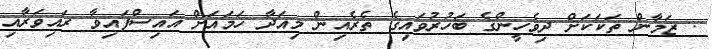
. ޒަމާން ތަކަކަށް ދިވެހީންގެ ބަހުރުވައިގެ ތެރެއިން މިއަދާ ހަމައަށް އައިސްފައިވާ ރައިވަރާއި